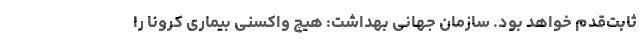
ثابت‌قدم خواهد بود. سازمان جهانی بهداشت: هیچ واکسنی بیماری کرونا را